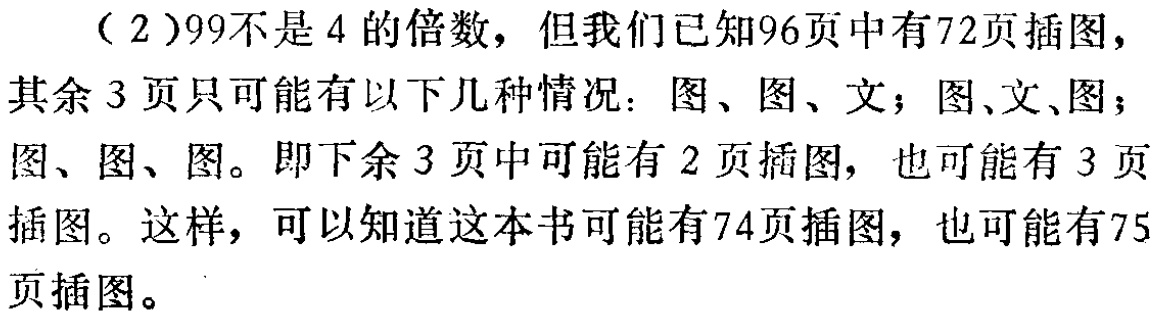
（2）99不是4的倍数，但我们已知96页中有72页插图，其余3页只可能有以下几种情况：图、图、文；图、文、图；图、图、图。即下余3页中可能有2页插图，也可能有3页插图。这样，可以知道这本书可能有74页插图，也可能有75页插图。